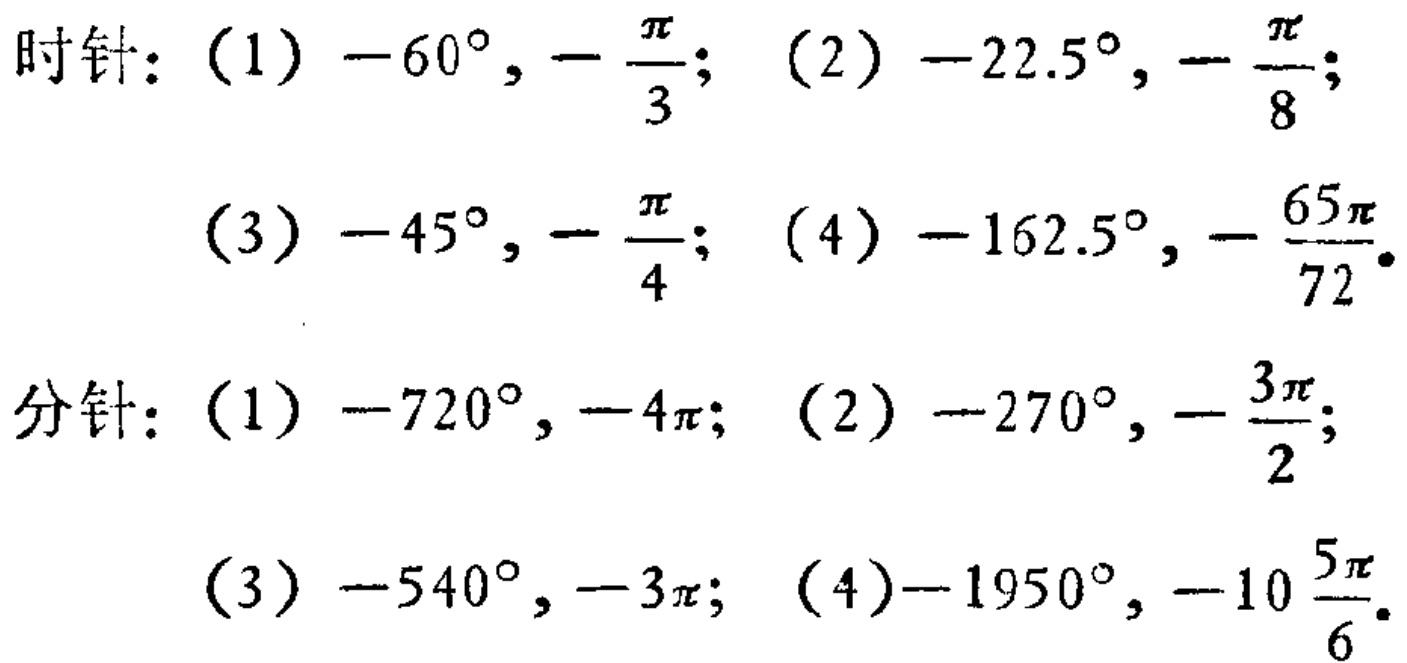
时针：
(1) \(-60^{\circ},-\frac{\pi}{3}\); (2) \(-22.5^{\circ},-\frac{\pi}{8}\);
(3) \(-45^{\circ},-\frac{\pi}{4}\); (4) \(-162.5^{\circ},-\frac{65\pi}{72}\).

分针：
(1) \(-720^{\circ},-4\pi\); (2) \(-270^{\circ},-\frac{3\pi}{2}\);
(3) \(-540^{\circ},-3\pi\); (4)\(-1950^{\circ},-10\frac{5\pi}{6}\).